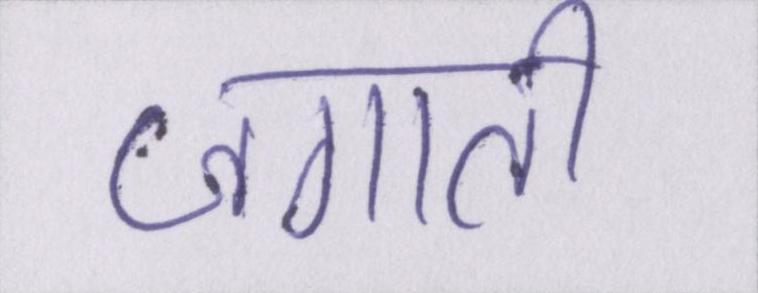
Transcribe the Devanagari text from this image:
जगाती